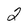
Character: 2